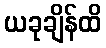
ယခုချိန်ထိ